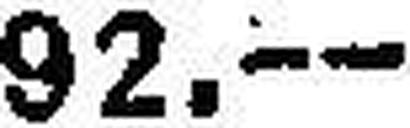
92.—